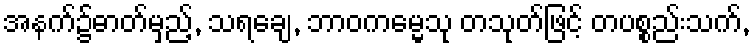
အနက်၌ဓာတ်မှည့်, သရချေ, ဘာဝကမ္မေသု တသုတ်ဖြင့် တပစ္စည်းသက်,